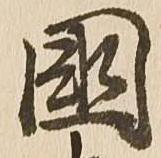
国